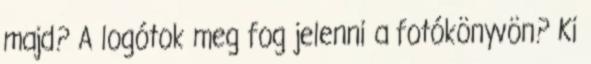
majd? A logótok meg fog jelenni a fotókönyvön? Ki